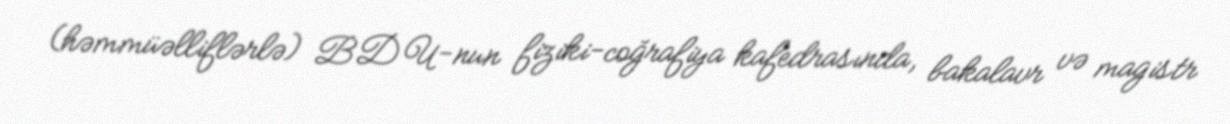
(həmmüəlliflərlə) BDU-nun fiziki-coğrafiya kafedrasında, bakalavr və magistr